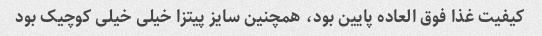
کیفیت غذا فوق العاده پایین بود، همچنین سایز پیتزا خیلی خیلی کوچیک بود